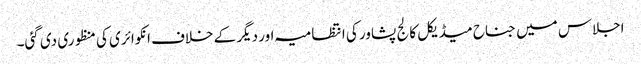
اجلاس میں جناح میڈیکل کالج پشاور کی انتظامیہ اور دیگر کے خلاف انکوائری کی منظوری دی گئی۔